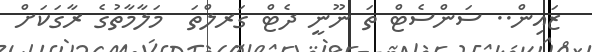
ޒައިން.. ސަންސެޓް ތަ ނޫނީ ދެޓް ގަރލްތަ  މަލާމާތުގެ ރާގަކަށް